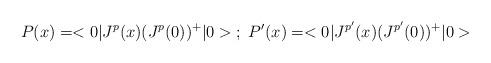
LaTeX: \begin{align*}P(x) = <0|J^p(x)(J^p(0))^+|0> \; ; \; P'(x) = <0|J^{p'}(x)(J^{p'}(0))^+|0>\end{align*}